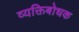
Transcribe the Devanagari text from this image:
व्यक्तिबोधक